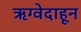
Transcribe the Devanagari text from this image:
ऋग्वेदाहून